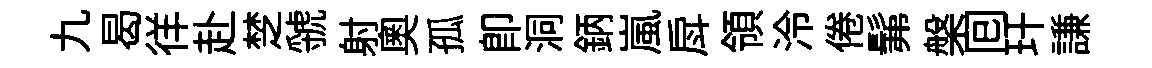
九曷徉赴椘虢射奥孤即洞鈵嵐戽領泠倦髴槃囘玕謙